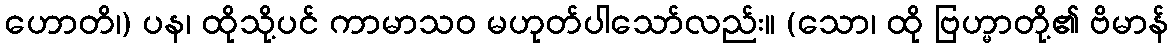
ဟောတိ၊) ပန၊ ထိုသို့ပင် ကာမာသဝ မဟုတ်ပါသော်လည်း။ (သော၊ ထို ဗြဟ္မာတို့၏ ဗိမာန်